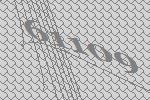
61109